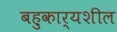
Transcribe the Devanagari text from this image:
बहुकार्यशील